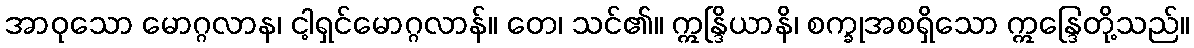
အာဝုသော မောဂ္ဂလာန၊ ငါ့ရှင်မောဂ္ဂလာန်။ တေ၊ သင်၏။ ဣန္ဒြိယာနိ၊ စက္ခုအစရှိသော ဣန္ဒြေတို့သည်။